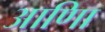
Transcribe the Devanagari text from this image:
आणिा